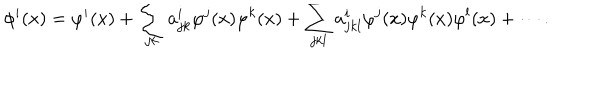
\phi ^ { i } ( x ) = \varphi ^ { i } ( x ) + \sum _ { j k } a _ { j k } ^ { i } \varphi ^ { j } ( x ) \varphi ^ { k } ( x ) + \sum _ { j k l } a _ { j k l } ^ { i } \varphi ^ { j } ( x ) \varphi ^ { k } ( x ) \varphi ^ { l } ( x ) + \cdots .